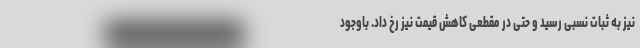
نیز به ثبات نسبی رسید و حتی در مقطعی کاهش قیمت نیز رخ داد. باوجود